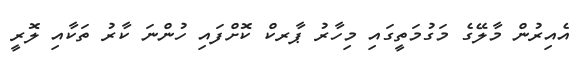
އެއިރުން މާލޭގެ މަގުމަތީގައި މިހާރު ޕާރކް ކޮށްފައި ހުންނަ ކާރު ތަކާއި ލޮރީ